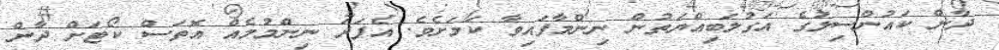
ދާން ކައުންސިލުގެ އަގުލަބިއްޔަތުން ނިންމާފައިވާ ކަމަށެވެ. އެފަދަ ނިންމުމެއް އޮތަސް ކޯޓަށް ދާން